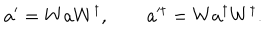
LaTeX: a ^ { \prime } = W a W ^ { \dagger } , \qquad a ^ { \prime \dagger } = W a ^ { \dagger } W ^ { \dagger } .